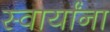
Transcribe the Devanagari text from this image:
स्वार्यांना